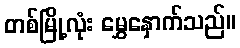
တစ်မြို့လုံး မွှေနှောက်သည်။